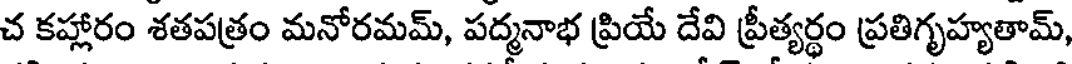
చ కహ్లారం శతపత్రం మనోరమమ్, పద్మనాభ ప్రియే దేవి ప్రీత్యర్థం ప్రతిగృహ్యతామ్,